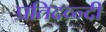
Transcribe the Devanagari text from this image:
प्रतिदव्न्दी